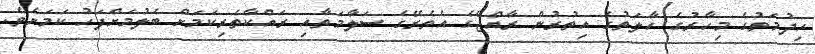
ހިދުމަތުގެ މިހާރުގެ ހާލަތުގެ އިތުރުން ރާއްޖޭގެ އެތެރޭގެ ސަލާމަތާއި ރައްކާތެރިކަމަށް ބެލުމަށްފަހު ކަމަށެވެ.